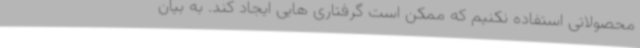
محصولاتی استفاده نکنیم که ممکن است گرفتاری هایی ایجاد کند. به بیان